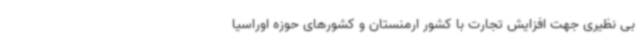
بی نظیری جهت افزایش تجارت با کشور ارمنستان و کشورهای حوزه اوراسیا